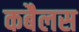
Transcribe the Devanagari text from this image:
कबैलस